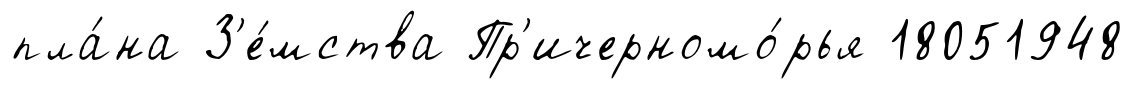
пла́на З'е́мства Пр'ичерномо́рья 18051948